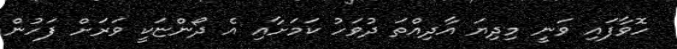
ހޮވާފައި ވަނީ މިދިޔަ އާދިއްތަ ދުވަހު ކަމަށާއި އެ ދޯންޏަކީ ވަރަށް ފަހުން